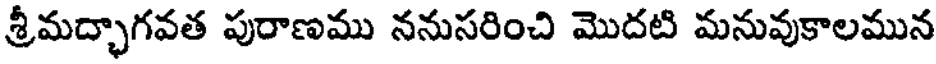
శ్రీమద్భాగవత పురాణము ననుసరించి మొదటి మనువుకాలమున